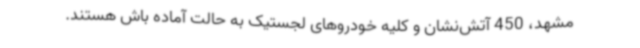
مشهد، 450 آتش‌نشان و کلیه خودروهای لجستیک به حالت آماده باش هستند.